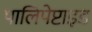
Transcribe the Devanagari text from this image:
पालिपेप्टाइड